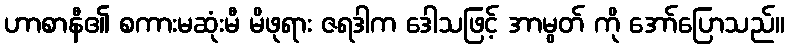
ဟာစာနီ၏ စကားမဆုံးမီ မိဖုရား ဇရဒါက ဒေါသဖြင့် အာမွတ် ကို အော်ပြောသည်။